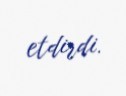
etdirdi.